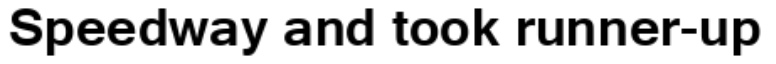
Speedway and took runner-up